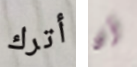
أترك أن